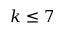
k \leq 7